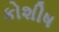
કોશીષ